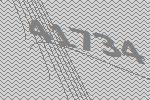
41734